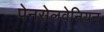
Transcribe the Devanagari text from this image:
पेनसेलवेनियन